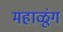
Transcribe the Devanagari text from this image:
महाळूंग